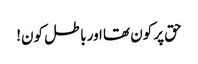
حق پر کون تھا اور باطل کون!